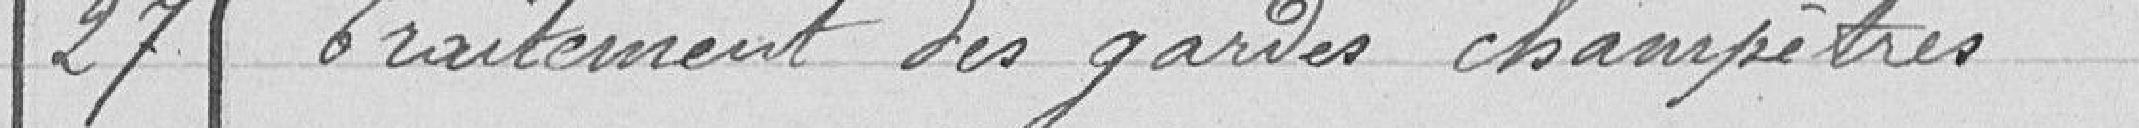
27 Traitement des gardes champêtres